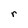
Character: r